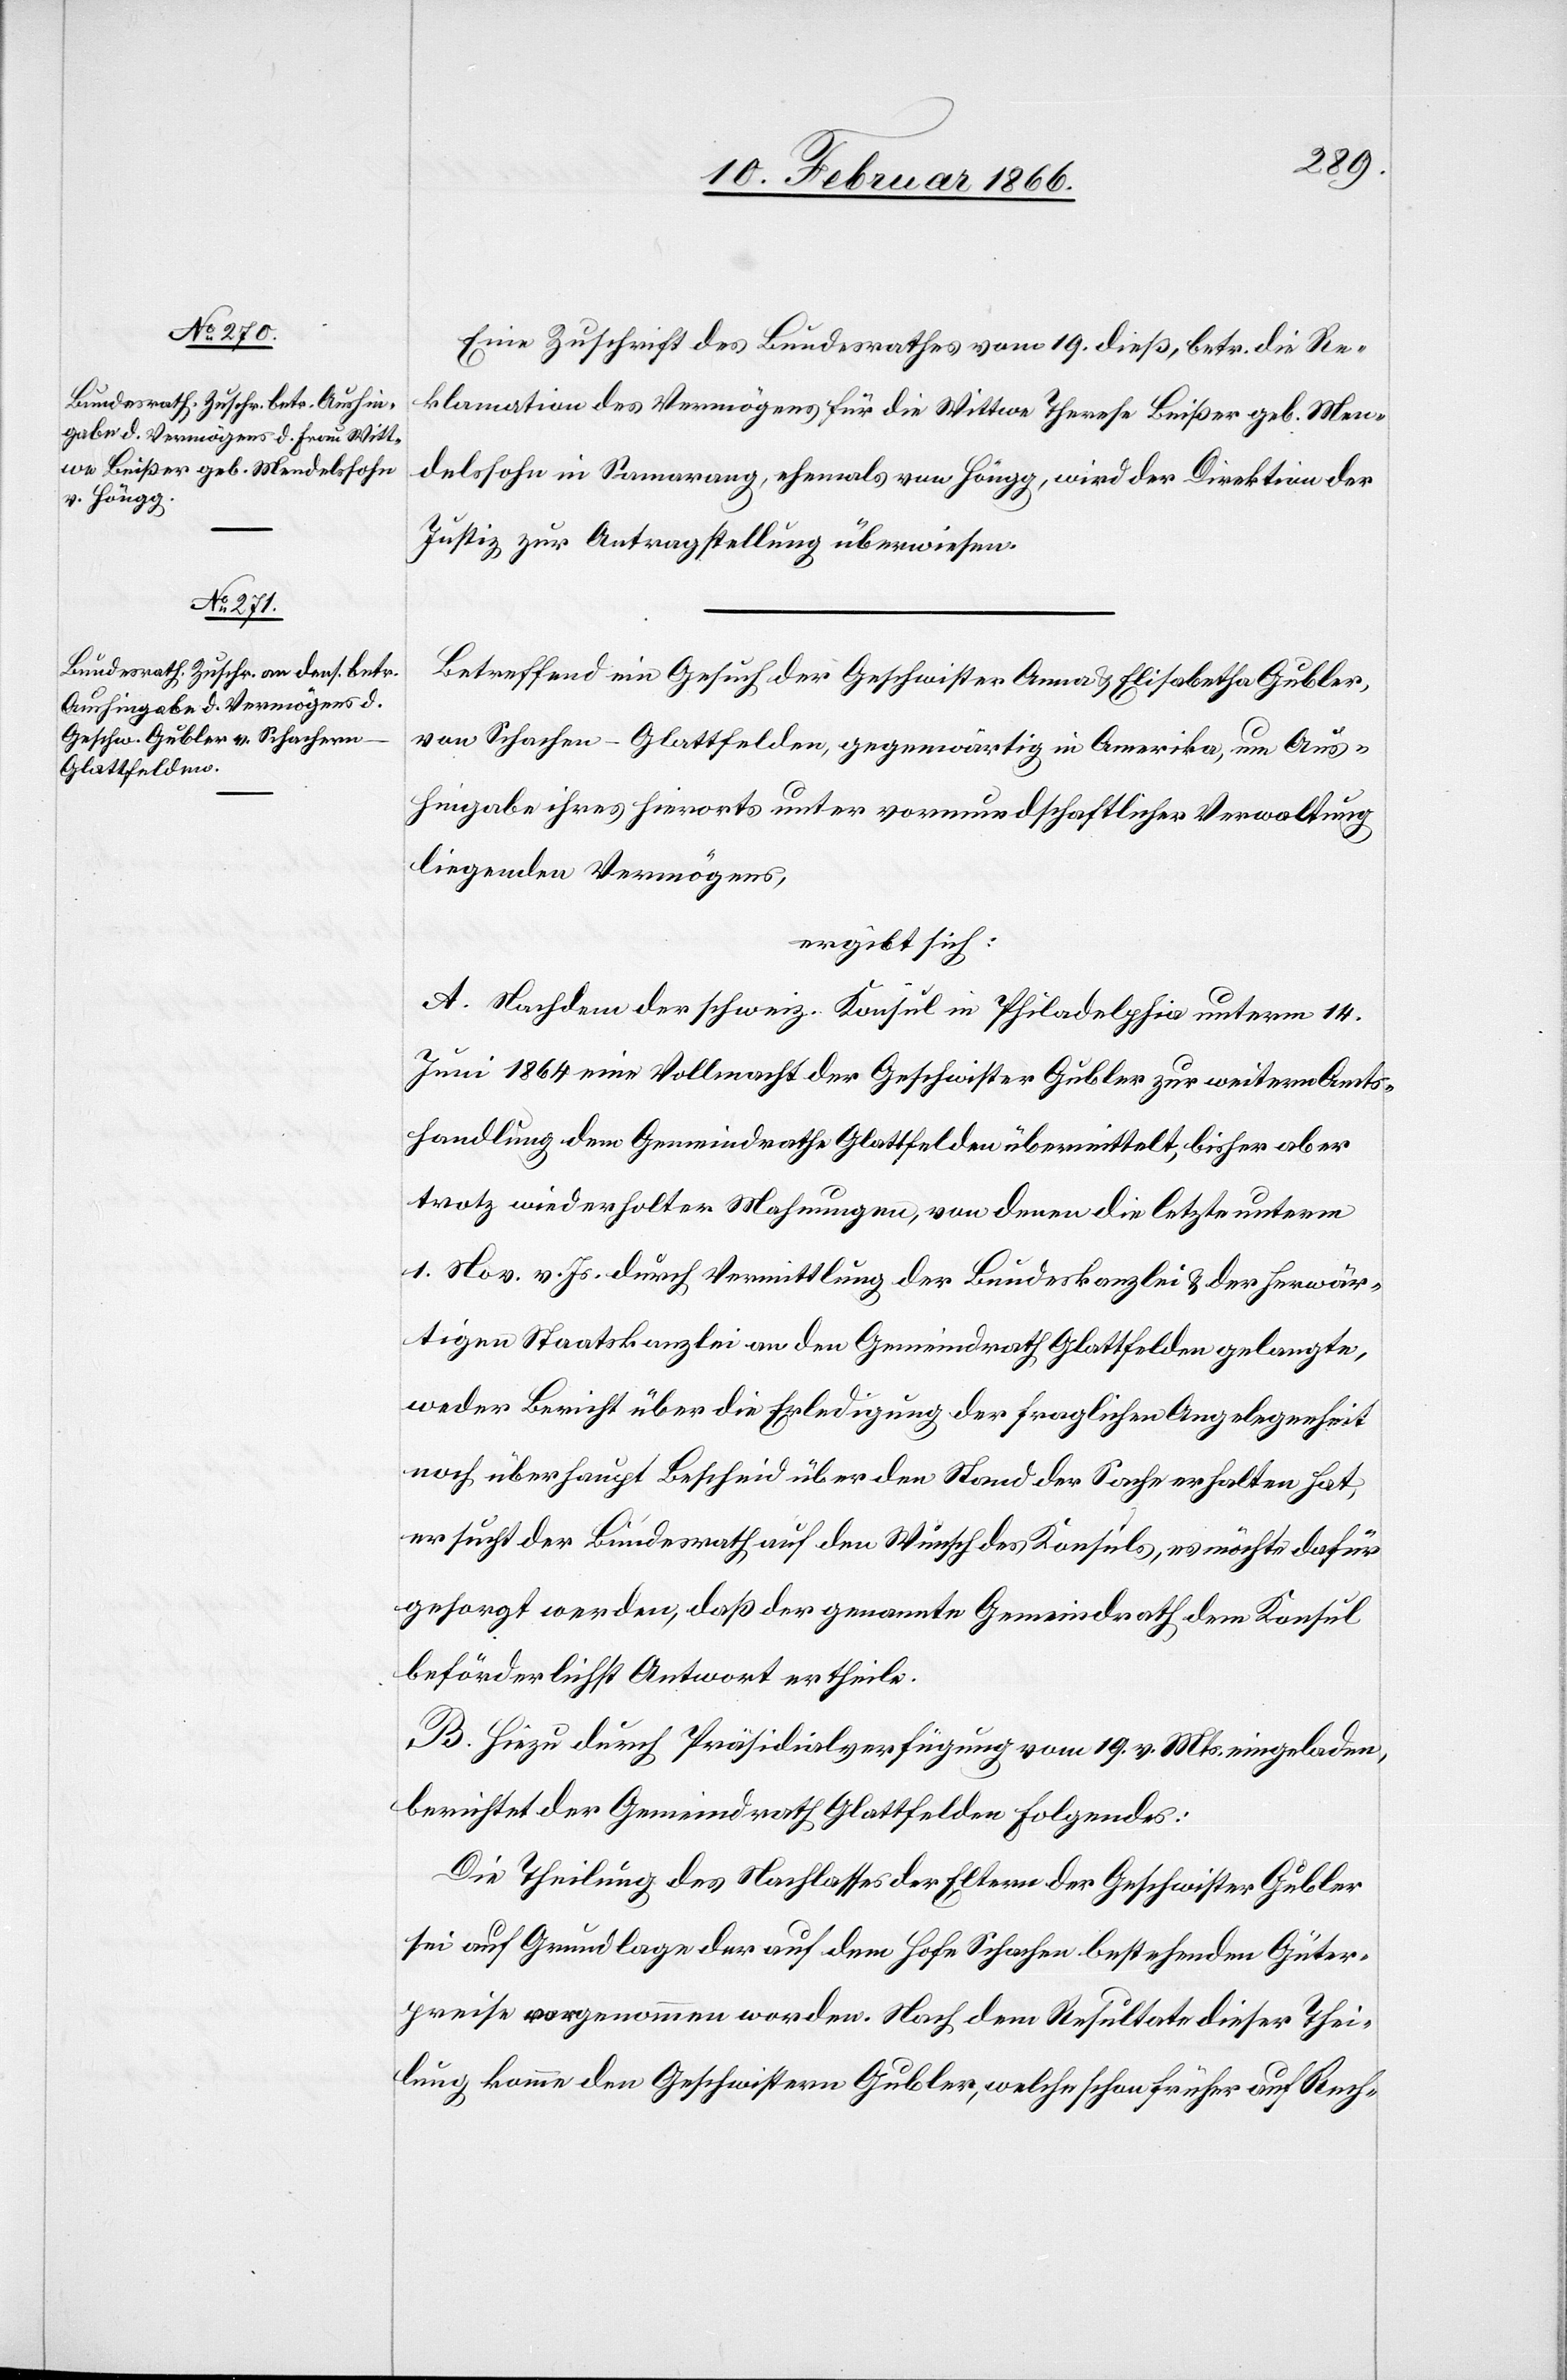
Güter¬

21. Februar 1866.]
Eine Zuschrift des Bundesrathes vom 19. dieß, betr. die Re¬
klamation des Vermögens für die Wittwe Theresa Beißer geb. Men¬
delssohn in Samarang, ehemals von Höngg, wird der Direktion der
Justiz zur Antragstellung überwiesen.
Betreffend ein Gesuch der Geschwister Anna u. Elisabetha Gubler,
von Schachen [sic!] - Glattfelden, gegenwärtig in Amerika, um Aus¬
hingabe ihres hierorts unter vormundschaftlicher Verwaltung
liegenden Vermögens,
ergibt sich:
A. Nachdem der schweiz. Konsul in Philadelphia unterm 14.
Juni 1864 eine Vollmacht der Geschwister Gubler zur weitern Amts¬
handlung dem Gemeindrathe Glattfelden übermittelt, bisher aber
trotz wiederholter Mahnungen, von deren die letzte unterm
1. Nov. v. Js. durch Vermittlung der Bundeskanzlei u. der herwär¬
tigen Staatskanzlei an den Gemeindrath Glattfelden gelangte,
weder Bericht über die Erledigung der fraglichen Angelegenheit
noch überhaupt Bescheid über den Stand der Sache erhalten hat,
ersucht der Bundesrath auf den Wunsch des Konsuls, es möchte dafür
gesorgt werden, daß der genannte Gemeindrath dem Konsul
beförderlichst Antwort ertheile.
B. Hiezu durch Präsidialverfügung vom 19. v. Mts. eingeladen,
berichtet der Gemeindrath Glattfelden folgendes:
Die Theilung des Nachlasses der Geschwister Gubler sei
preise vorgenommen worden. Nach dem Resultate dieser Thei¬
lung komme den Geschwistern Gubler, welche schon früher auf Rech-